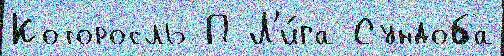
Которосль П Л'и́га Сундоба